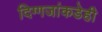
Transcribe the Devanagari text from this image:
दिग्गजांकडेही